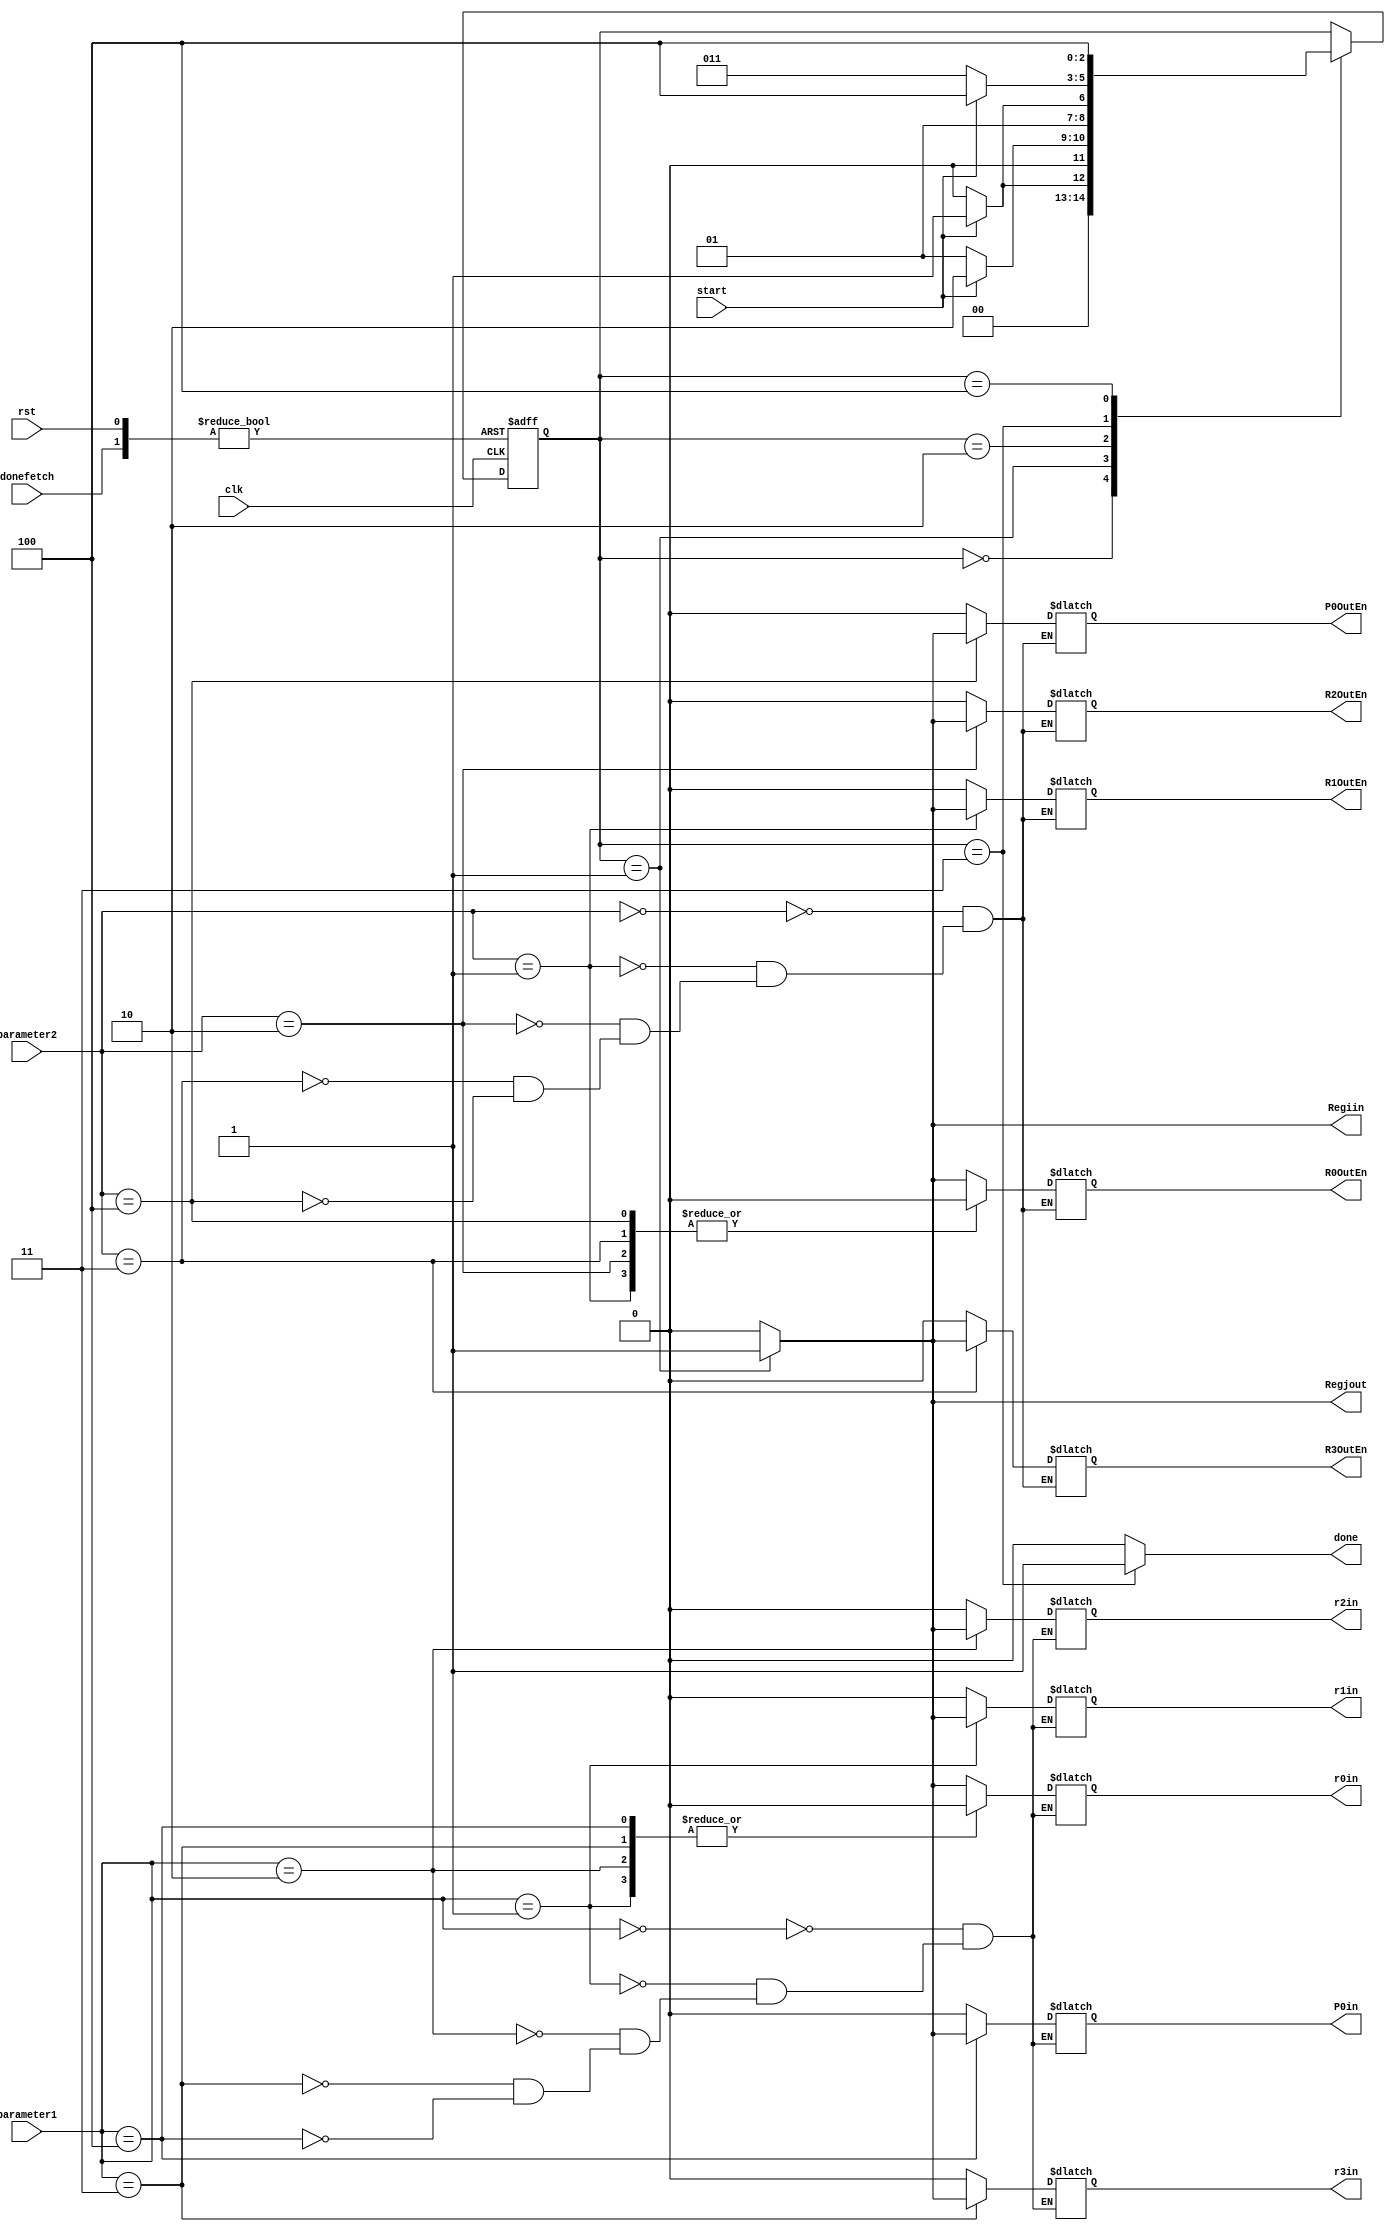
module mov(clk,rst,donefetch,start,done,Regjout,Regiin,parameter1,parameter2,r0in,r1in,r2in,r3in,P0in,R0OutEn,R1OutEn,R2OutEn,R3OutEn,P0OutEn);
input clk,rst,start,donefetch;
input [5:0] parameter1, parameter2;  
output r0in,r1in,r2in,r3in,P0in,R0OutEn,R1OutEn,R2OutEn,R3OutEn,P0OutEn;
reg r0in,r1in,r2in,r3in,P0in,R0OutEn,R1OutEn,R2OutEn,R3OutEn,P0OutEn;
output Regjout,Regiin,done;
reg Regjout,Regiin,done;
parameter st0=3'b000, st1=3'b001, st2=3'b010,st3=3'b011,st4=3'b100;
reg[2:0] state_reg, state_next; 

always @(clk,Regjout)
begin
  case(parameter2)
      6'b000000: begin
        R0OutEn<=Regjout;
        R1OutEn<=0;
        R2OutEn<=0;
        R3OutEn<=0;
        P0OutEn<=0; 
      end
      6'b000001: begin
        R0OutEn<=0;
        R1OutEn<=Regjout;
        R2OutEn<=0;
        R3OutEn<=0;  
        P0OutEn<=0; 
      end
      6'b000010: begin
        R0OutEn<=0;
        R1OutEn<=0;
        R2OutEn<=Regjout;
        R3OutEn<=0; 
        P0OutEn<=0;
      end
      6'b000011: begin
        R0OutEn<=0;
        R1OutEn<=0;
        R2OutEn<=0;
        R3OutEn<=Regjout; 
        P0OutEn<=0; 
      end
      6'b000100: begin
        R0OutEn<=0;
        R1OutEn<=0;
        R2OutEn<=0;
        R3OutEn<=0; 
        P0OutEn<=Regjout; 
      end
    endcase 
end 
always @(clk,Regiin)
begin
  case(parameter1)
      6'b000000: begin
        r0in<=Regiin;
        r1in<=0;
        r2in<=0;
        r3in<=0;
        P0in<=0;
      end
      6'b000001: begin
        r0in<=0;
        r1in<=Regiin;
        r2in<=0;
        r3in<=0; 
        P0in<=0;
      end 
      6'b000010: begin
        r0in<=0;
        r1in<=0;
        r2in<=Regiin;
        r3in<=0;
        P0in<=0;
      end
      6'b000011: begin
        r0in<=0;
        r1in<=0;
        r2in<=0;
        r3in<=Regiin;
        P0in<=0;
      end  
      6'b000100: begin
        r0in<=0;
        r1in<=0;
        r2in<=0;
        r3in<=0;
        P0in<=Regiin;
      end    
   endcase 
end 
always @(posedge(clk), posedge(rst),posedge(donefetch)) 
  begin     
    if (rst) 
    state_reg<=st0;
  else if (donefetch)
    state_reg<=st0;
    else
      state_reg <= state_next;
  end

always @(start, state_reg)
  begin
  state_next<=state_reg;
  case(state_reg) 
     
    st0: begin
        if(start)
          state_next<=st1; 
      else
          state_next<=st0;
    end    
    
    st1: begin
      if(start) 
          state_next<=st2;
    else 
         state_next<=st1;

end
    st2: begin
      if(start) 
          state_next<=st3;
    else 
         state_next<=st2;

end
    st3: begin
      if(start) 
          state_next<=st4;
    else 
         state_next<=st3;

end
st4: begin
      if(start) 
          state_next<=st4;
    else 
         state_next<=st4;

end


endcase
end


always @(state_reg) begin
  
        Regjout<=0;
        Regiin<=0;
        done<=0;
  
   case(state_reg)
     st0 : 
        begin
        
        Regjout<=0;
        Regiin<=0;
        done<=0;
  
     end
     st1 : 
        begin
        
        Regjout<=1;
        Regiin<=1;
        done<=0;
  
     end
    
     st2 : 
        begin
       
        Regjout<=0;
        Regiin<=0;
        done<=0;
  
     end
     st3 : 
        begin
        
        Regjout<=0;
        Regiin<=0;
        done<=1;
  
     end
     st4 : 
        begin
        
        Regjout<=0;
        Regiin<=0;
        done<=0;
  
     end
    
     
endcase

end

endmodule